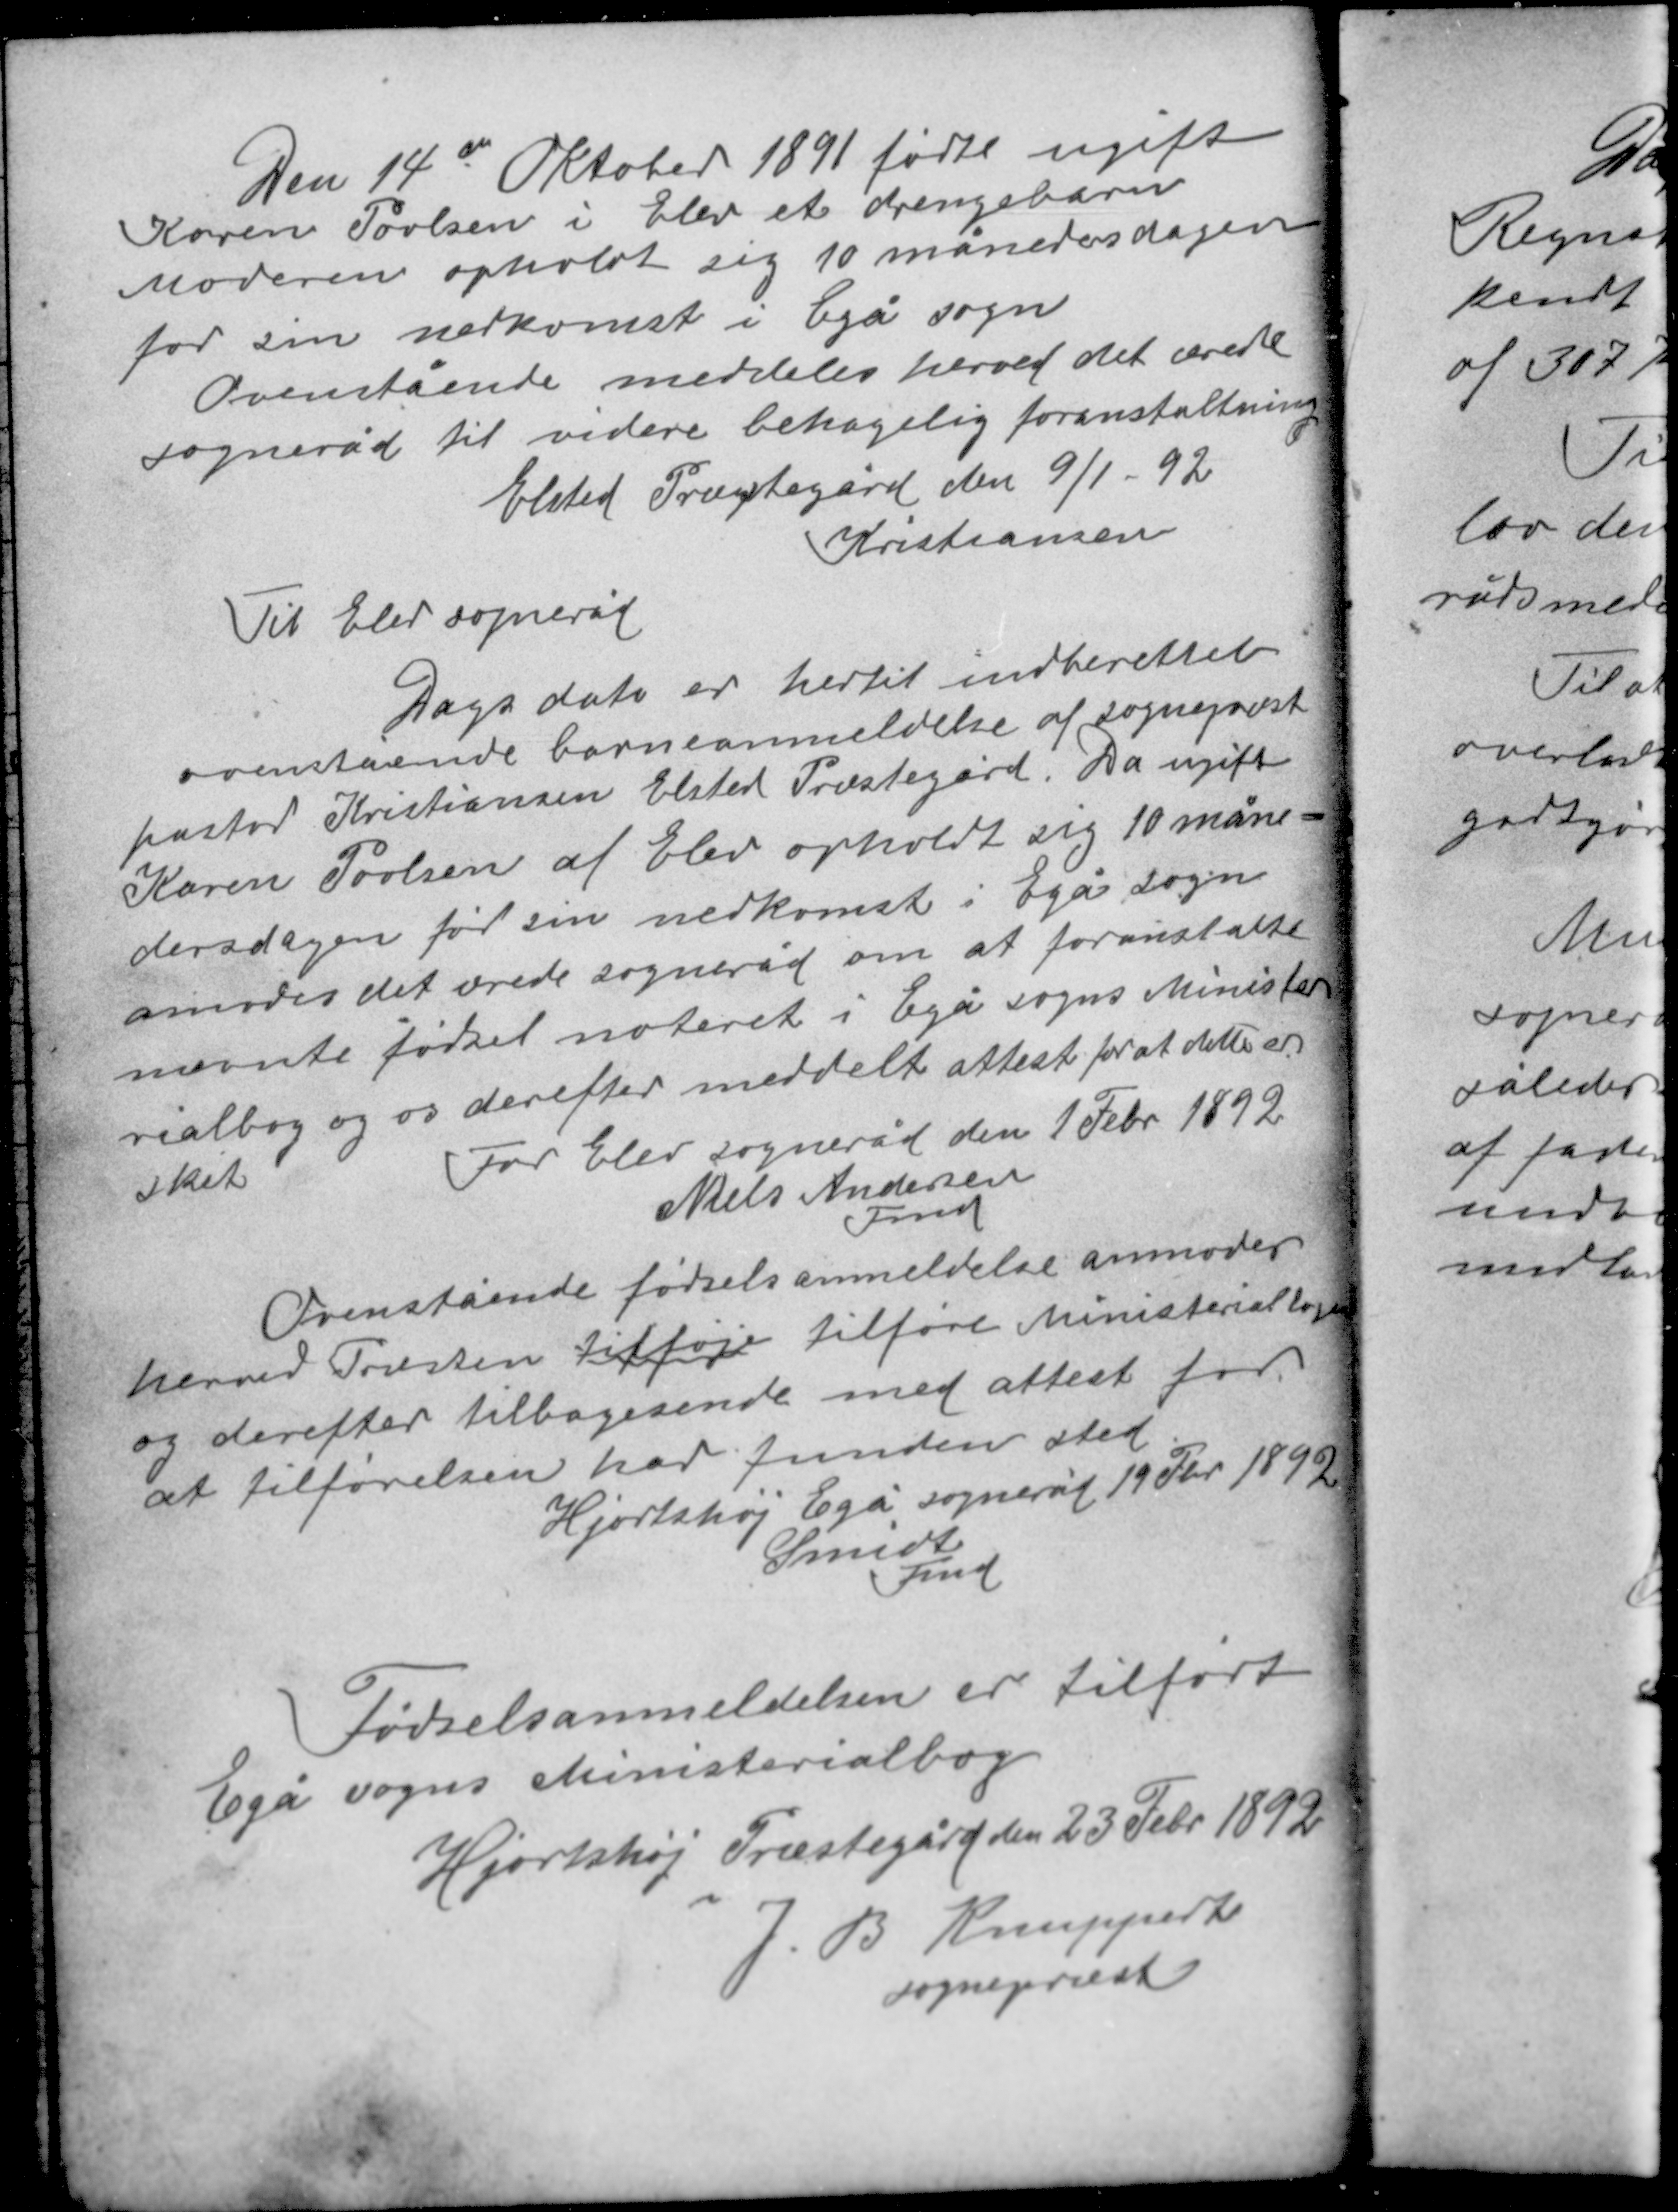
Transskription:
Den 14de Oktober 1891 fødte ugift
Karen Povlsen i Elev et drengebarn
Moderen opholdt sig 10 månedersdagen
for sin nedkomst i Egå sogn.
Ovenstående meddeles herved det ærede
sogneråd til videre behagelig foranstaltning
Elsted Præstegård den 9/1 - 92
Kristiansen

Til Elev sogneråd
Dags dato er hertil indberettet
ovenstående barneanmeldelse af sognepræst
pastor Kristiansen Elsted Præstegård. Da ugift
Karen Povlsen af Elev opholdt sig 10 måne-
dersdagen før sin nedkomst i Egå sogn
anmodes det ærede sogneråd om at foranstalte
nævnte fødsel noteret i Egå sogns Ministe-
rialbog og os derefter meddelt attest for at dette er
sket
For Elev sogneråd den 1 Febr. 1892
Niels Andersen
Fmd.

Ovenstående fødselsanmeldelse anmoder
hermed Præsten tilføje tilføre Ministerialbogen
og derefter tilbagesende med attest for
at tilførelsen har funden sted
Hjortshøj Egå sogneråd 19 Fbr 1892
Smidt
Fmd

Fødselsanmeldelsen er tilført
Egå sogns Ministerialbog
Hjortshøj Præstegård den 23 Febr 1892
J. B. Knuppert
sognepræst